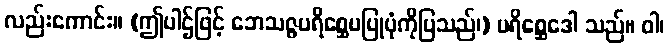
လည်းကောင်း။ (ဤပါဌ်ဖြင့် ဘေသဇ္ဇပရိစ္ဆေပပြုပုံကိုပြသည်၊) ပရိစ္ဆေဒေါ သည်။ ဝါ၊